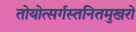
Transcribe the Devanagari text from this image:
तोयोत्सर्गस्तनितमुखरो